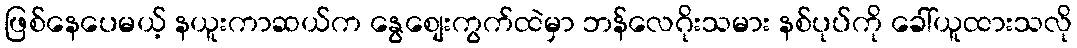
ဖြစ်နေပေမယ့် နယူးကာဆယ်က နွေစျေးကွက်ထဲမှာ ဘန်လေဂိုးသမား နစ်ပုပ်ကို ခေါ်ယူထားသလို